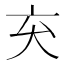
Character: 𫝅